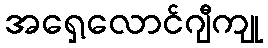
အရှေ့လောင်ဂျီကျု